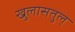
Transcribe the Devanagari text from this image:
खुलासतुल्